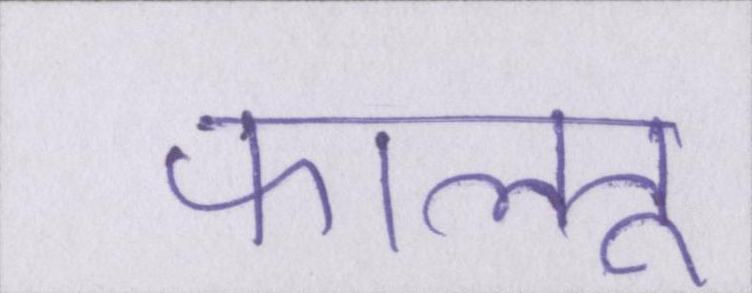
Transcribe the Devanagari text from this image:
फालतू